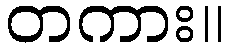
တကား။